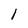
Character: 1